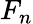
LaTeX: F_{n}